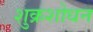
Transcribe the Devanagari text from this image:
शुक्रशोधन